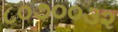
૮૦૭૦૦૩૨